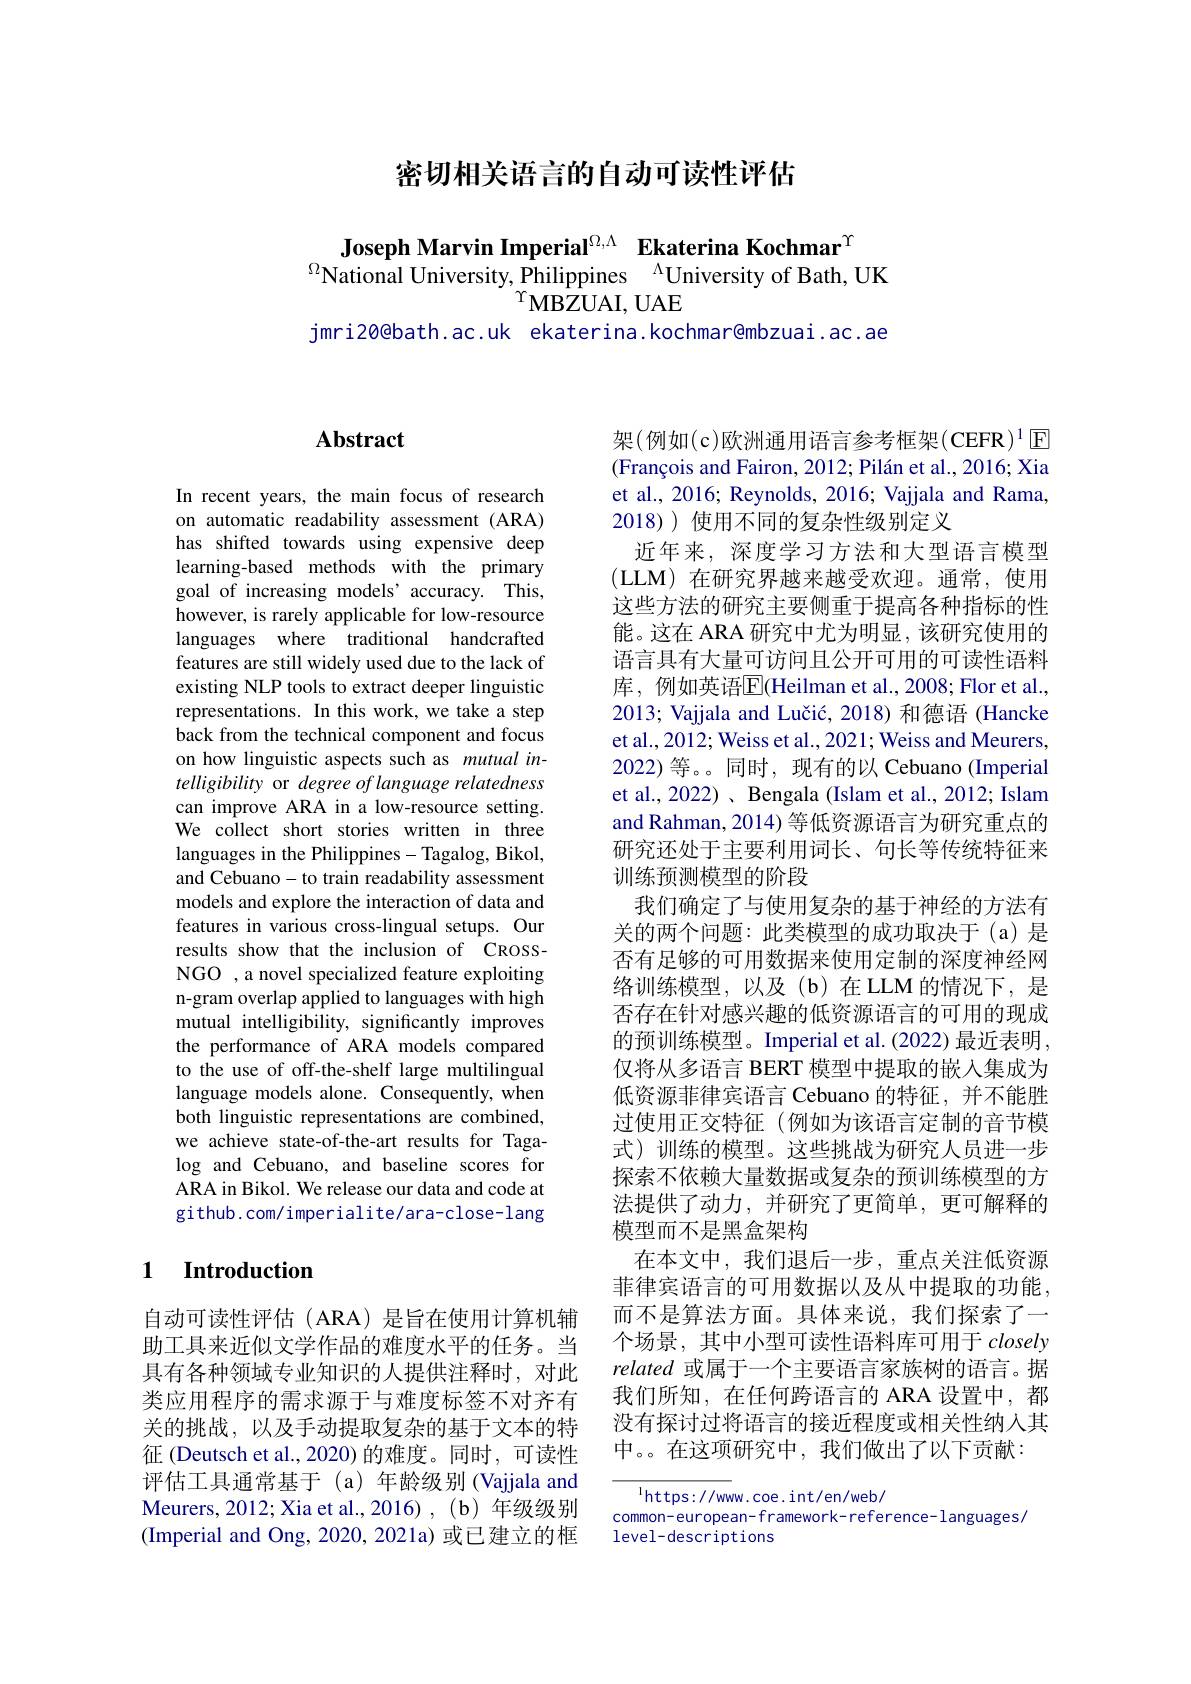
密切相关语言的自动可读性评估

Joseph Marvin Imperial$^\mathrm{\Omega,\Lambda}$ Ekaterina Kochmar$^{\Upsilon}$
$^{\Omega}$National University, Philippines$\:^\Lambda$University of Bath, UK
$^{\Upsilon}\mathbf{MBZUAI,UAE}$
jmri20@bath.ac.uk ekaterina.kochmar@mbzuai.ac.ae

## $\mathbf{Abstract}$

In recent years, the main focus of research on automatic readability assessment (ARA) has shifted towards using expensive deep learning-based methods with the primary goal of increasing models’accuracy. This, however, is rarely applicable for low-resource languages where traditional handcrafted features are still widely used due to the lack of existing NLP tools to extract deeper linguistic representations. In this work, we take a step back from the technical component and focus on how linguistic aspects such as mutual intelligibility or degree of language relatedness can improve ARA in a low-resource setting. We collect short stories written in three languages in the Philippines- Tagalog, Bikol, and Cebuano-to train readability assessment models and explore the interaction of data and features in various cross-lingual setups. Our results show that the inclusion of CROSSNGO , a novel specialized feature exploiting n-gram overlap applied to languages with high mutual intelligibility, significantly improves the performance of ARA models compared to the use of off-the-shelf large multilingual language models alone. Consequently, when both linguistic representations are combined, we achieve state-of-the-art results for Tagalog and Cebuano, and baseline scores for ARA in Bikol. We release our data and code at github.com/imperialite/ara-close-lang

## 1 Introduction

自动可读性评估(ARA)是旨在使用计算机辅助工具来近似文学作品的难度水平的任务。当具有各种领域专业知识的人提供注释时，对此类应用程序的需求源于与难度标签不对齐有关的挑战，以及手动提取复杂的基于文本的特征 (Deutsch et al., 2020) 的难度。同时，可读性评估工具通常基于(a)年龄级别 (Vajjala and Meurers, 2012; Xiaetal. , 2016) , ( b) 年级级别(Imperial and Ong, 2020, 2021a) 或已建立的框

架(例如(c)欧洲通用语言参考框架(CEFR)^{1}$\boxed{\mathrm{E}}$ $( \text{Fran\c{c} ois and Fairon, 2012; Pil\'{a} n et al. , 2016; Xia})$ et al., 2016; Reynolds, 2016; Vajjala and Rama, 2018)) 使用不同的复杂性级别定义
近年来，深度学习方法和大型语言模型(LLM)在研究界越来越受欢迎。通常，使用这些方法的研究主要侧重于提高各种指标的性能。这在 ARA 研究中尤为明显，该研究使用的语言具有大量可访问且公开可用的可读性语料库，例如英语$\overline{\mathrm{E}}$(Heilman et al.,2008;Flor et al., 2013; Vajjala and Lučić, 2018) 和德语 (Hancke et al., 2012; Weiss et al., 2021; Weiss and Meurers, 2022)等。同时，现有的以 Cebuano (Imperial et al., 2022) 、 Bengala (Islam et al., 2012; Islam and Rahman, 2014) 等低资源语言为研究重点的研究还处于主要利用词长、句长等传统特征来训练预测模型的阶段
我们确定了与使用复杂的基于神经的方法有关的两个问题：此类模型的成功取决于(a)是否有足够的可用数据来使用定制的深度神经网络训练模型，以及(b)在LLM的情况下，是否存在针对感兴趣的低资源语言的可用的现成的预训练模型。Imperial et al. (2022) 最近表明， 仅将从多语言 BERT 模型中提取的嵌入集成为低资源菲律宾语言 Cebuano 的特征，并不能胜过使用正交特征(例如为该语言定制的音节模式)训练的模型。这些挑战为研究人员进一步探索不依赖大量数据或复杂的预训练模型的方法提供了动力，并研究了更简单，更可解释的模型而不是黑盒架构
在本文中，我们退后一步，重点关注低资源菲律宾语言的可用数据以及从中提取的功能， 而不是算法方面。具体来说，我们探索了一个场景，其中小型可读性语料库可用于closely related 或属于一个主要语言家族树的语言。据我们所知，在任何跨语言的 ARA 设置中，都没有探讨过将语言的接近程度或相关性纳入其中。。在这项研究中，我们做出了以下贡献：

$^{1}$https://www.coe.int/en/web/
common- european- framework- reference- languages,
level-descriptions